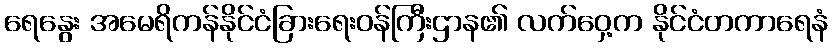
ရေနွေး အမေရိကန်နိုင်ငံခြားရေးဝန်ကြီးဌာန၏ လက်ဝှေ့က နိုင်ငံတကာရေနံ